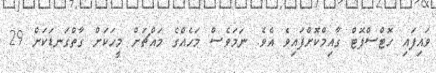
ވައިފައި ހޮޓްސްޕޮޓް ގާއިމްކޮށްފައިވެ އެވެ. ނަމަވެސް މަހެއްގެ މައްޗަށް މީހަކަށް ގާތްގަނޑަކަށް 29